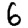
Digit: 6